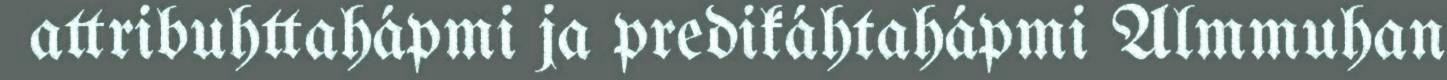
attribuhttahápmi ja predikáhtahápmi Almmuhan